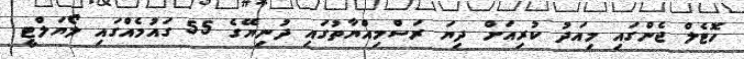
ހޮޓެލް ޖެންގައި މިއަދު ކުރިއަށް ދިޔަ ރަސްމިއްޔާތުގައި ދުނިޔޭގެ 55 ގައުމެއްގައި ލޯޔަލްޓީ